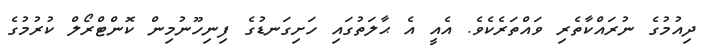
ދިއުމުގެ ނުރައްކާތެރި ވައްތަރެކެވެ. އެއީ އެ ޙާލަތުގައި ހަށިގަނޑުގެ ފިނިހޫނުމިން ކޮންޓްރޯލް ކުރުމުގެ